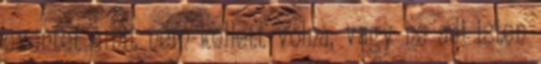
eventet amit nem kellett volna, vagy ne adj isten